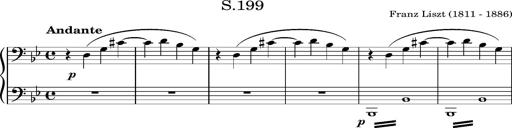
Title: TrÃ¼be Wolken
Composer: Franz Liszt